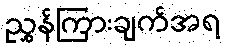
ညွှန်ကြားချက်အရ